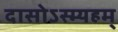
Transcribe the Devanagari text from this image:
दासोऽस्म्यहम्